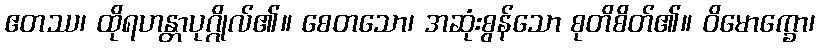
ဧတဿ၊ ထိုရဟန္တာပုဂ္ဂိုလ်၏။ စေတသော၊ အဆုံးစွန်သော စုတိစိတ်၏။ ဝိမောက္ခော၊